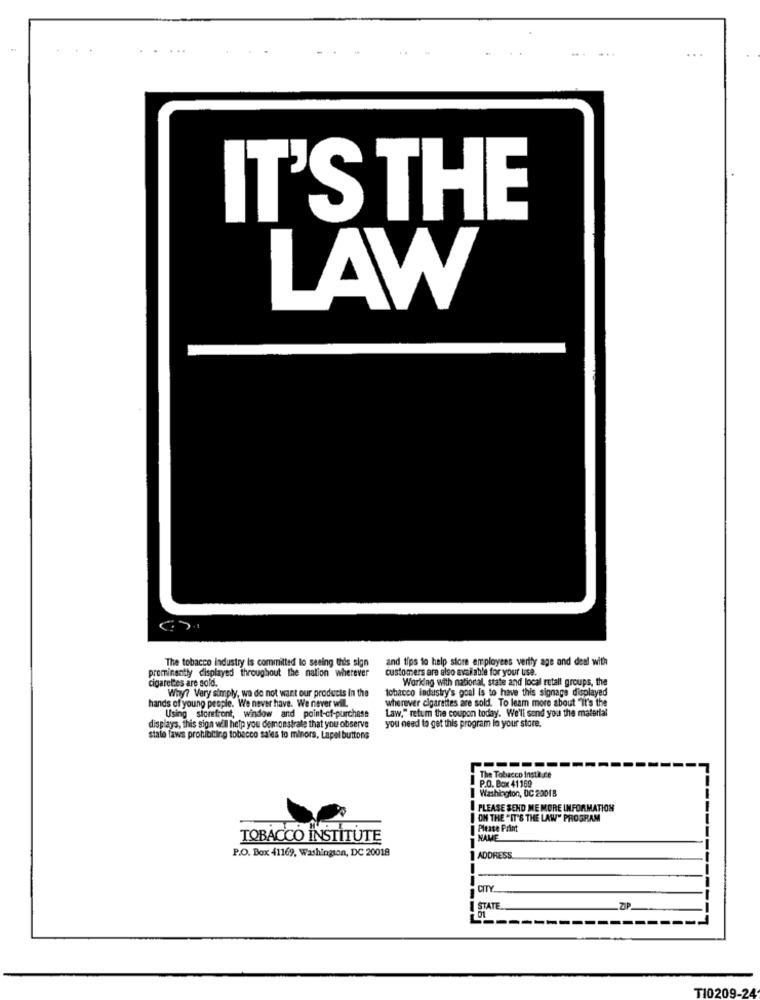
IT'S THE
LAW
The tobacco industry is committed to seeing this sign
and tips to help store employees verily age and deal with
prominently displayed throughout the nation wherever
customers are also available for your use.
Working with national, state and local retall groups, the
cigarettes are sold.
Why? Very simply, wa do not want our products In the
tobacco Industry's goal is to have this signage displayed
wherever cigarettes are sold. To learn more about "it's the
hands of young people. We never have. We never will.
Using storefront, window and point-of-purchase
Law," retum the coupon today. We'll send you the material
displays, this sign wil help you demonstrate that you observe
you need to get this program la your store.
state laws prohibiting tobacco sales to minors. Lapel buttons
------
The Tobacco Insta.ce
P.O. Box 41169
Washington, DC 2001B
PLEASE SEND ME MORE INFORMATION
ON THE " IT'S THE LAW" PROGRAM
Please Print
TOBACCO INSTITUTE
NAME
P.O. Box 41169, Washington, DC 20018
1 ADDRESS
CITY
I STATE
----
T10209-24